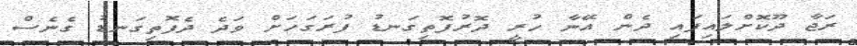
ރަޖާ ދޫކޮށްލައިފައި ދެން އޭނާ ހުރީ ދޮރުފޮތިގަނޑު ފުރަގަހަށް ވަދެ ދެފޮތިގަނޑު ގެނެސް